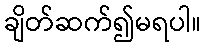
ချိတ်ဆက်၍မရပါ။